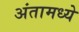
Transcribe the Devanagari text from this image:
अंतामध्ये